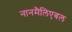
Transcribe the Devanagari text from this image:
नानमैलिएबल